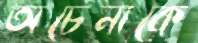
অচেনাকে